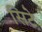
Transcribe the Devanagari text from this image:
सिटे